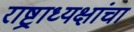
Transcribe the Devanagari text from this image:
राष्ट्राध्यक्षांचा